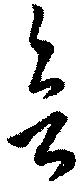
欲